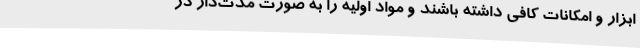
ابزار و امکانات کافی داشته باشند و مواد اولیه را به صورت مدت‌دار در